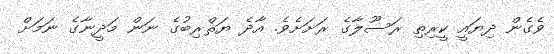
ވެގެން ދިޔައީ ކީރިތި ރަސޫލާގެ ރަށަށެވެ. އާދެ ޔަޘްރިބުގެ ނަން މަދީނާގެ ނަމަށް